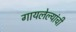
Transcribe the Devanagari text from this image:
गायलेल्यांची